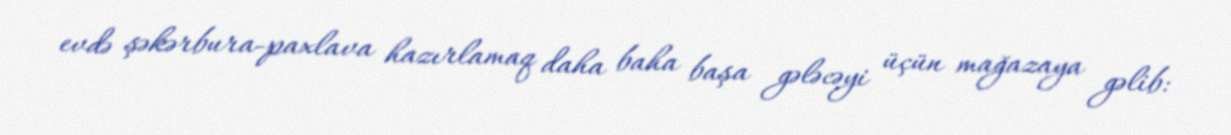
evdə şəkərbura-paxlava hazırlamaq daha baha başa gələcəyi üçün mağazaya gəlib: